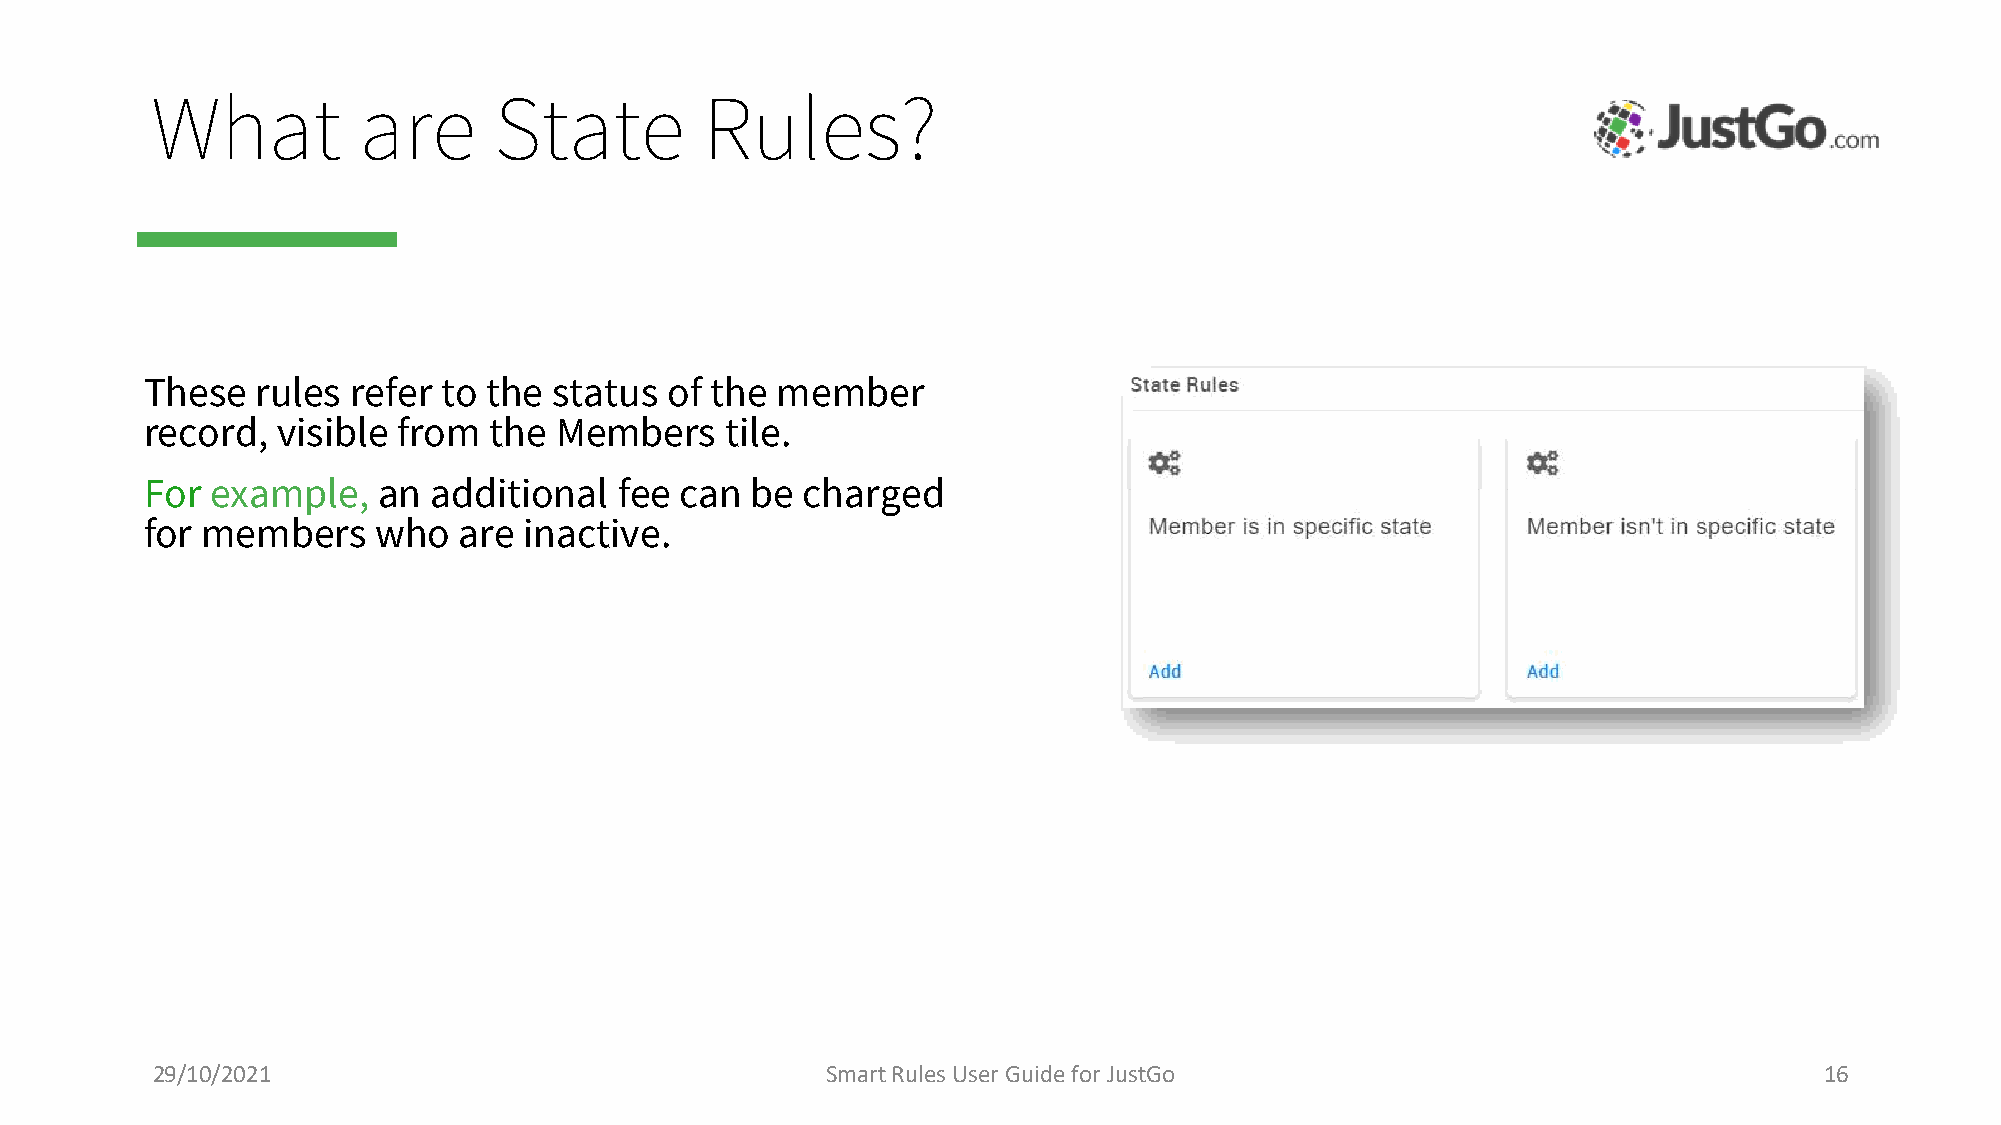
What          are      State         Rules?
 These  rules refer to the  status of the member
 record, visible from  the  Members    tile.
 For example,   an additional   fee can  be charged
 for members    who  are  inactive.
 29/10/2021                                   Smart Rules User Guide for JustGo                                 16